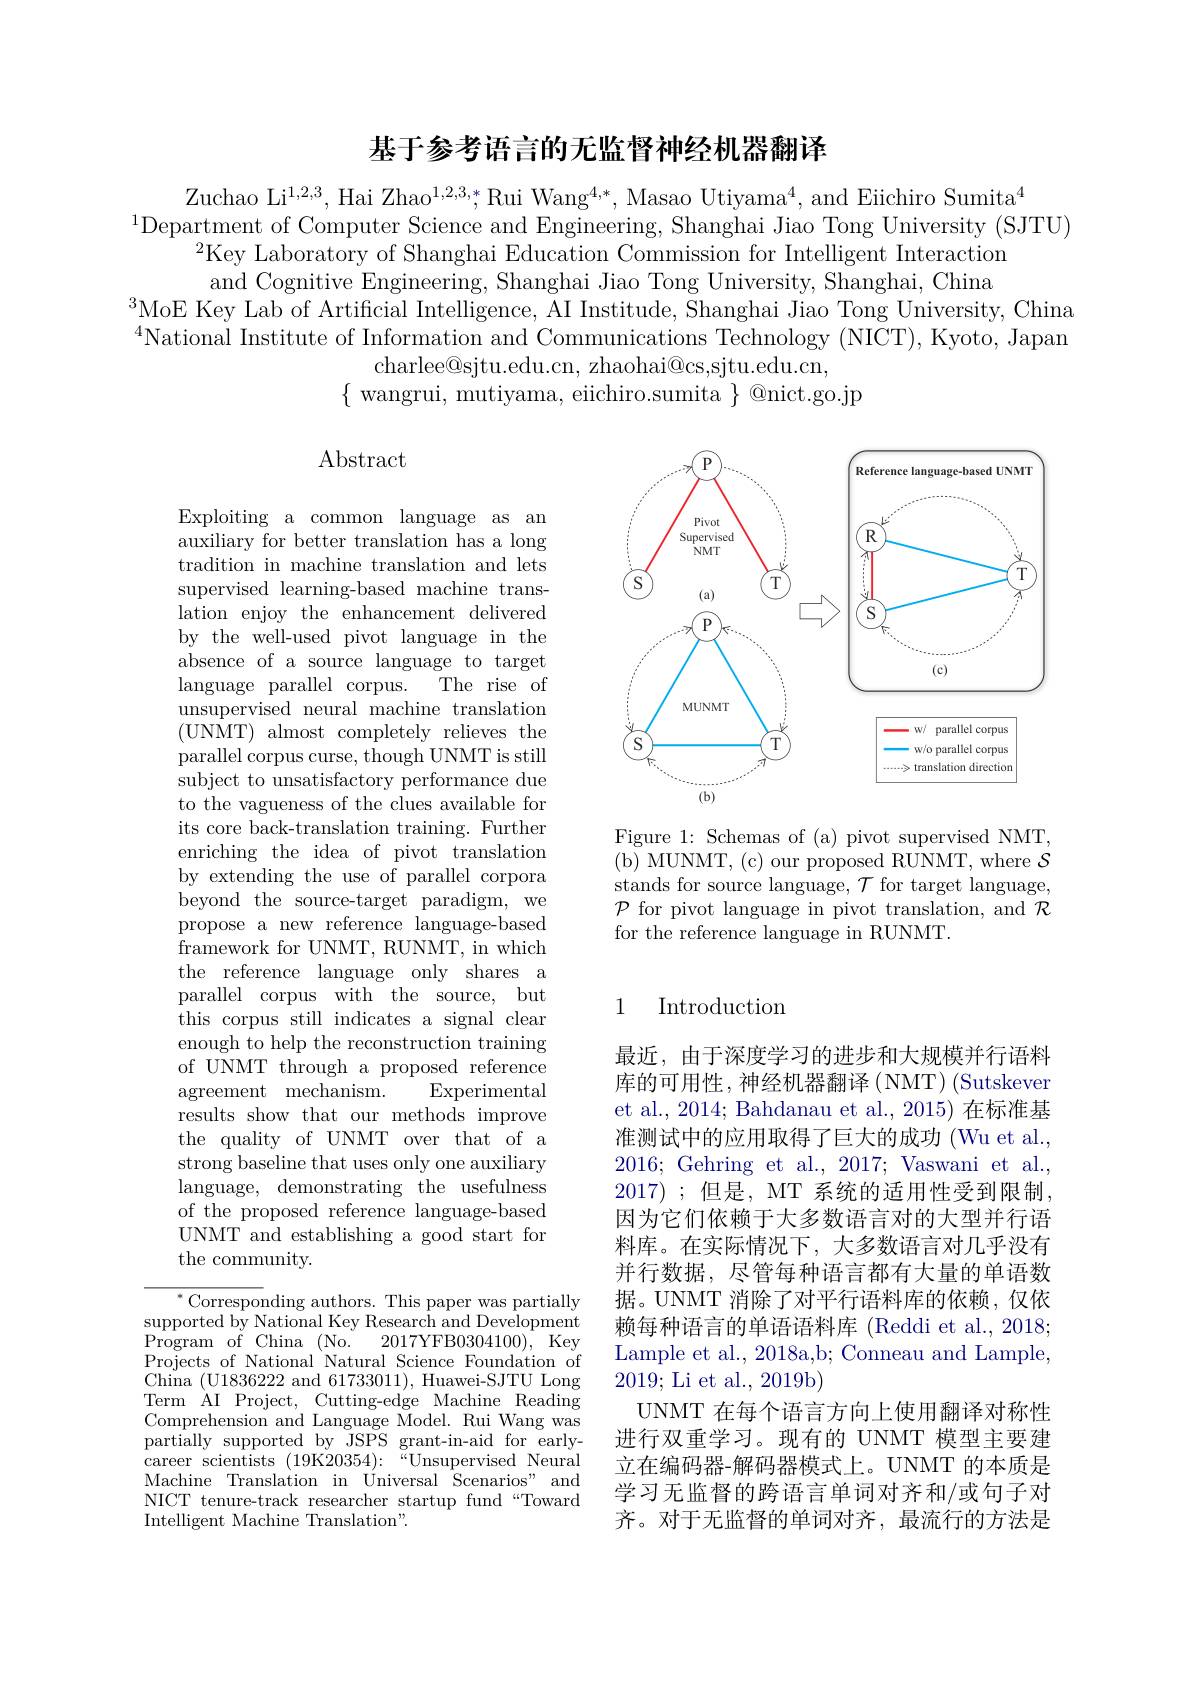
## 基于参考语言的无监督神经机器翻译

Zuchao Li$^1,2,3$, Hai Zhao$^1,2,3,*;$Rui Wang$^4,*$, Masao Utiyama$^4$, and Eiichiro Sumita$^4$
$^{1}$Department of Computer Science and Engineering, Shanghai Jiao Tong University (SJTU)
$^{2}$Key Laboratory of Shanghai Education Commission for Intelligent Interaction and Cognitive Engineering, Shanghai Jiao Tong University, Shanghai, China
$^{3}$MoE Key Lab of Artificial Intelligence, AI Institude, Shanghai Jiao Tong University, China $^{4}$National Institute of Information and Communications Technology (NICT), Kyoto, Japan
charlee@sjtu.edu.cn, zhaohai@cs,sjtu.edu.cn,
$\{$wangrui, mutiyama, eiichiro.sumita $\}$ @nict.go.jp

## $\operatorname{Abstract}$

<FigureHere>

Figure 1: Schemas of (a) pivot supervised NMT, ( b) MUNMT, ( c) our proposed RUNMT, where $\mathcal{S}$ stands for source language, $\mathcal{T}$ for target language, $\mathcal{P}$ for pivot language in pivot translation, and $\mathcal{R}$ for the reference language in RUNMT.

Exploiting a common language as an auxiliary for better translation has a long tradition in machine translation and lets supervised learning-based machine translation enjoy the enhancement delivered by the well-used pivot language in the absence of a source language to target
The rise of
language parallel corpus.
unsupervised neural machine translation (UNMT) almost completely relieves the parallel corpus curse, though UNMT is still subject to unsatisfactory performance due to the vagueness of the clues available for its core back-translation training. Further enriching the idea of pivot translation by extending the use of parallel corpora beyond the source-target paradigm, we propose a new reference language-based framework for UNMT, RUNMT, in which the reference language only shares a parallel corpus with the source, but this corpus still indicates a signal clear enough to help the reconstruction training of UNMT through a proposed reference agreement$\mod$mechanism.
Experimental
results show that our methods improve the quality of UNMT over that of a strong baseline that uses only one auxiliary language, demonstrating the usefulness of the proposed reference language-based UNMT and establishing a good start for the community.

## 1 Introduction

最近，由于深度学习的进步和大规模并行语料库的可用性，神经机器翻译(NMT)(Sutskever et al., 2014; Bahdanau et al., 2015) 在标准基准测试中的应用取得了巨大的成功 (Wu et al., 2016;Gehring et al., 2017; Vaswani et al., 2017) ;但是，MT 系统的适用性受到限制， 因为它们依赖于大多数语言对的大型并行语料库。在实际情况下，大多数语言对几乎没有并行数据，尽管每种语言都有大量的单语数据。UNMT 消除了对平行语料库的依赖，仅依赖每种语言的单语语料库 (Reddi et al., 2018; Lample et al., 2018a,b; Conneau and Lample, 2019; Li et al., 2019b)
UNMT 在每个语言方向上使用翻译对称性进行双重学习。现有的 UNMT 模型主要建立在编码器-解码器模式上。UNMT 的本质是学习无监督的跨语言单词对齐和/或句子对齐。对于无监督的单词对齐，最流行的方法是

${^*\text{Correspon}}$ding authors. This paper was partially $\operatorname{supported}\operatorname{by}$National Key Research and Development Program of China $\mathrm{( No. }^{\circ }$
2017YFB0304100),Key
Projects of National Natural Science Foundation of China (U1836222 and 61733011), Huawei-SJTU Long Term AI Project, Cutting-edge Machine Reading Comprehension and Language Model. Rui Wang was partially supported by JSPS grant-in-aid for earlycareer scientists $( 19\dot {\text{K}20354}) {: }$ $\bar{“ }$Unsupervised Neural Machine Translation in Universal Scenarios" and NICT tenure-track researcher startup fund “Toward Intelligent Machine Translation"